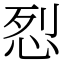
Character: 㤠